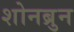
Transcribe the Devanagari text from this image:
शोनब्रुन